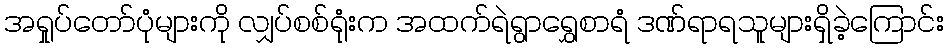
အရှုပ်တော်ပုံများကို လျှပ်စစ်ရုံးက အထက်ရဲရွာရွှေစာရံ ဒဏ်ရာရသူများရှိခဲ့ကြောင်း